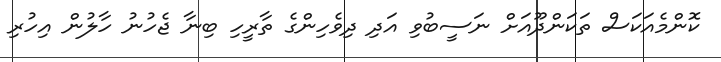
ކޮންމެއަކަސް ތަކަންދޫއަށް ނަސީބުވި އަދި ދިވެހިންގެ ތާރީހި ބިނާ ޖެހުނު ހާލުން އިހުރި